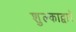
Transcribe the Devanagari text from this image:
शुल्काद्वारे